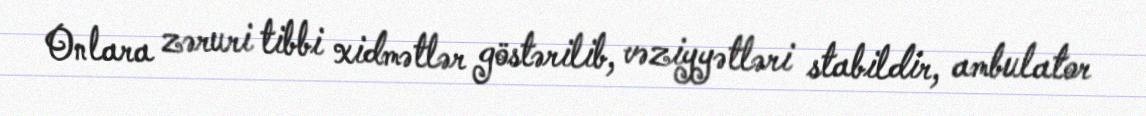
Onlara zəruri tibbi xidmətlər göstərilib, vəziyyətləri stabildir, ambulator